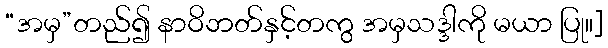
“အမှ”တည်၍ နာဝိဘတ်နှင့်တကွ အမှသဒ္ဒါကို မယာ ပြု။]